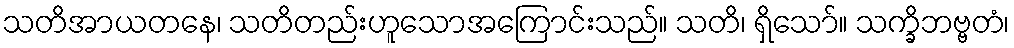
သတိအာယတနေ၊ သတိတည်းဟူသောအကြောင်းသည်။ သတိ၊ ရှိသော်။ သက္ခိဘဗ္ဗတံ၊